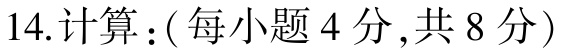
14.计算：(每小题4分,共8分)